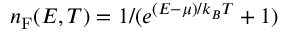
n _ { \mathrm { F } } ( E , T ) = 1 / ( e ^ { ( E - \mu ) / k _ { B } T } + 1 )